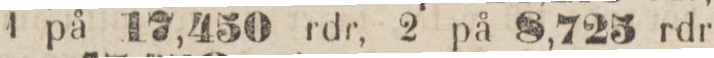
1 på 17,450 rdr, 2 på 8,725 rdr